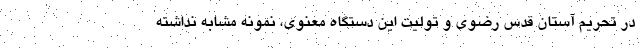
در تحریم آستان قدس رضوی و تولیت این دستگاه معنوی، نمونه مشابه نداشته